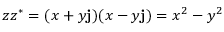
z z ^ { \ast } = ( x + y \mathbf { j } ) ( x - y \mathbf { j } ) = x ^ { 2 } - y ^ { 2 }